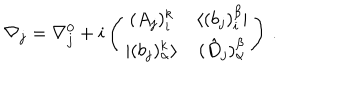
LaTeX: \nabla _ { j } = \nabla _ { j } ^ { 0 } + i \left( \begin{array} { c c } { { ( A _ { j } ) _ { i } ^ { k } } } & { { \langle ( b _ { j } ) _ { i } ^ { \beta } | } } \\ { { | ( b _ { j } ) _ { \alpha } ^ { k } \rangle } } & { { ( \hat { D } _ { j } ) _ { \alpha } ^ { \beta } } } \\ \end{array} \right) \, .